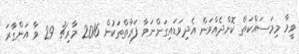
ވީމާ މިމަސައްކަތް ކޮށްދެއްވަން އެދިވަޑައިގަންނަވާ ފަރާތްތަކުން 2016 މާރިޗު 29 ވާ އަންގާރަ